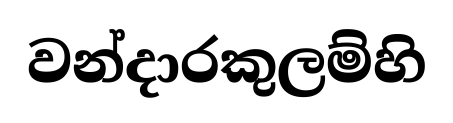
වන්දාරකුලම්හි